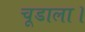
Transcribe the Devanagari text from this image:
चूडाला।